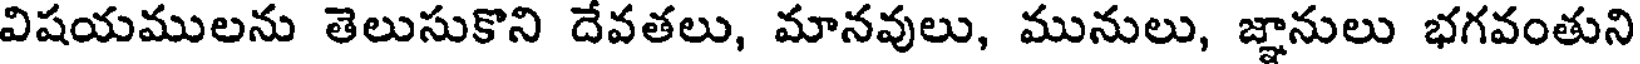
విషయములను తెలుసుకొని దేవతలు, మానవులు, మునులు, జ్ఞానులు భగవంతుని